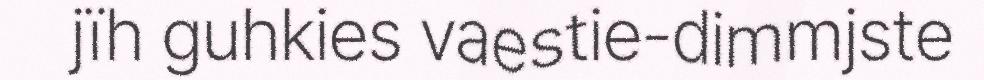
jïh guhkies vaestie-dimmjste